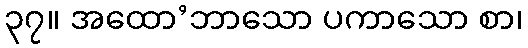
၃၇။ အထော’ဘာသော ပကာသော စာ၊